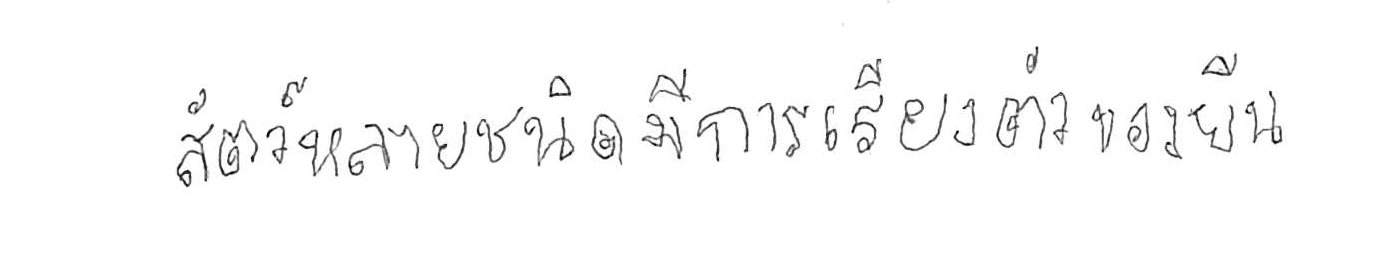
สัตว์หลายชนิดมีการเรียงตัวของยีน